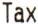
TAX